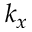
k _ { x }